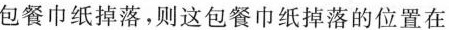
包餐巾纸掉落，则这包餐巾纸掉落的位置在